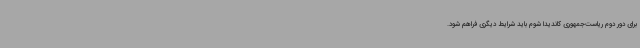
برای دور دوم ریاست‌جمهوری کاندیدا شوم باید شرایط دیگری فراهم شود.